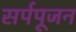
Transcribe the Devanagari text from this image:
सर्पपूजन